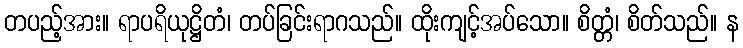
တပည့်အား။ ရာပရိယုဋ္ဌိတံ၊ တပ်ခြင်းရာဂသည်။ ထိုးကျင့်အပ်သော။ စိတ္တံ၊ စိတ်သည်။ န